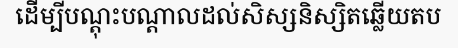
ដើម្បីបណ្តុះបណ្តាលដល់សិស្សនិស្សិតឆ្លើយតប